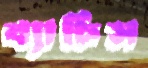
ব্যাচিস